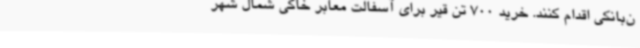
ن‌بانکی اقدام کنند. خرید 700 تن قیر برای آسفالت معابر خاکی شمال شهر